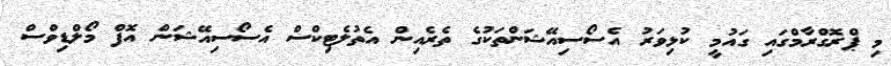
މި ޕްރޮގްރާމްގައި ގައުމީ ކުޅިވަރު އެސޯސިއޭޝަންތަކުގެ ތެރެއިން އެތުލެޓިކްސް އެސޯސިއޭޝަން އޮފް މޯލްޑިވްސް